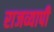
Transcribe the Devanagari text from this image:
राजव्यापी